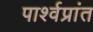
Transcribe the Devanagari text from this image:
पार्श्वप्रांत